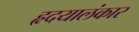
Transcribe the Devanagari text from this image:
हृदयालंकार